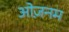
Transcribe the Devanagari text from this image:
ओज़नम